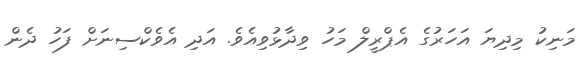
މަނިކު މިދިޔަ އަހަރުގެ އެޕްރީލް މަހު ވިދާޅުވިއެވެ. އަދި އެވެކްސިނަށް ފަހު ދެން